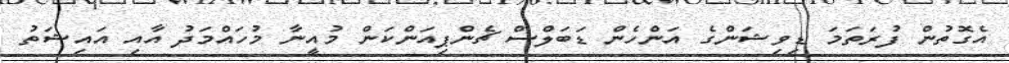
އެގޮތުން ފުރަތަމަ ޑިވިޝަންގެ އަންހެން ޑަބަލްސް ޗެންޕިއަންކަން މުއީނާ މުހައްމަދު އާއި އައިޝަތު